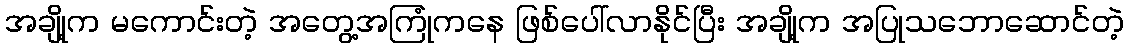
အချို့က မကောင်းတဲ့ အတွေ့အကြုံကနေ ဖြစ်ပေါ်လာနိုင်ပြီး အချို့က အပြုသဘောဆောင်တဲ့